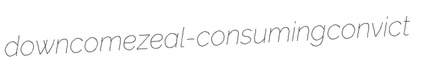
downcome zeal-consuming convict